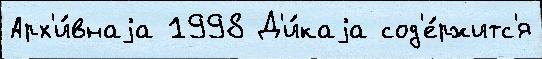
Арх'и́внаjа 1998 Д'и́каjа сод'е́ржитс'я